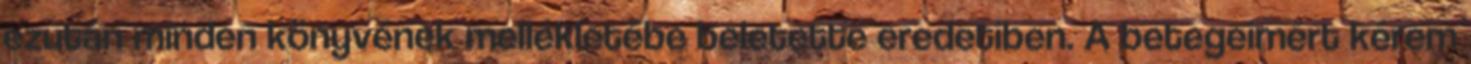
ezután minden könyvének mellékletébe beletette eredetiben. A betegeimért kérem